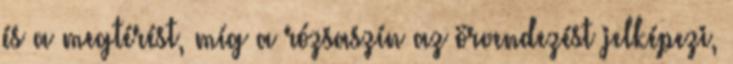
és a megtérést, míg a rózsaszín az örvendezést jelképezi,